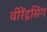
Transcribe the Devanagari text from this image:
वीरेंद्रसिंग